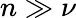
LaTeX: n\gg\nu